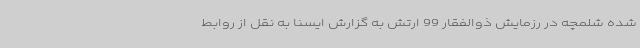
شده شلمچه در رزمایش ذوالفقار 99 ارتش به گزارش ایسنا به نقل از روابط